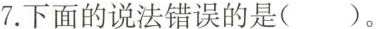
7.下面的说法错误的是()。